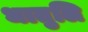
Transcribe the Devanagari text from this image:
धातुलि